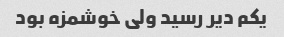
یکم دیر رسید ولی خوشمزه بود